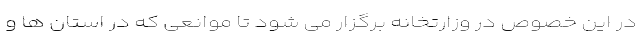
در این خصوص در وزارتخانه برگزار می شود تا موانعی که در استان ها و